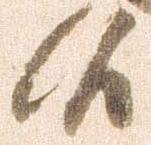
候